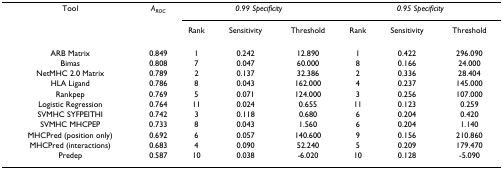
<table><thead><tr><td><b>Tool</b></td><td><b><i>A</i><sub><i>ROC</i></sub></b></td><td colspan="3"><b><i>0.99 Specificity</i></b></td><td colspan="3"><b><i>0.95 Specificity</i></b></td></tr><tr><td></td><td></td><td><b>Rank</b></td><td><b>Sensitivity</b></td><td><b>Threshold</b></td><td><b>Rank</b></td><td><b>Sensitivity</b></td><td><b>Threshold</b></td></tr></thead><tbody><tr><td>ARB Matrix</td><td>0.849</td><td>1</td><td>0.242</td><td>12.890</td><td>1</td><td>0.422</td><td>296.090</td></tr><tr><td>Bimas</td><td>0.808</td><td>7</td><td>0.047</td><td>60.000</td><td>8</td><td>0.166</td><td>24.000</td></tr><tr><td>NetMHC 2.0 Matrix</td><td>0.789</td><td>2</td><td>0.137</td><td>32.386</td><td>2</td><td>0.336</td><td>28.404</td></tr><tr><td>HLA Ligand</td><td>0.786</td><td>8</td><td>0.043</td><td>162.000</td><td>4</td><td>0.237</td><td>145.000</td></tr><tr><td>Rankpep</td><td>0.769</td><td>5</td><td>0.071</td><td>124.000</td><td>3</td><td>0.256</td><td>107.000</td></tr><tr><td>Logistic Regression</td><td>0.764</td><td>11</td><td>0.024</td><td>0.655</td><td>11</td><td>0.123</td><td>0.259</td></tr><tr><td>SVMHC SYFPEITHI</td><td>0.742</td><td>3</td><td>0.118</td><td>0.680</td><td>6</td><td>0.204</td><td>0.420</td></tr><tr><td>SVMHC MHCPEP</td><td>0.733</td><td>8</td><td>0.043</td><td>1.560</td><td>6</td><td>0.204</td><td>1.140</td></tr><tr><td>MHCPred (position only)</td><td>0.692</td><td>6</td><td>0.057</td><td>140.600</td><td>9</td><td>0.156</td><td>210.860</td></tr><tr><td>MHCPred (interactions)</td><td>0.683</td><td>4</td><td>0.090</td><td>52.240</td><td>5</td><td>0.209</td><td>179.470</td></tr><tr><td>Predep</td><td>0.587</td><td>10</td><td>0.038</td><td>-6.020</td><td>10</td><td>0.128</td><td>-5.090</td></tr></tbody></table>